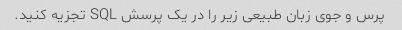
پرس و جوی زبان طبیعی زیر را در یک پرسش SQL تجزیه کنید.